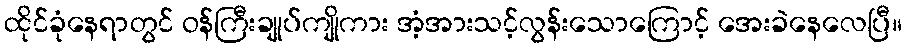
ထိုင်ခုံနေရာတွင် ဝန်ကြီးချုပ်ကျိုကား အံ့အားသင့်လွန်းသောကြောင့် အေးခဲနေလေပြီ။